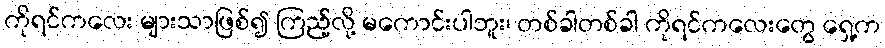
ကိုရင်ကလေး များသာဖြစ်၍ ကြည့်လို့ မကောင်းပါဘူး၊ တစ်ခါတစ်ခါ ကိုရင်ကလေးတွေ ရှေ့က